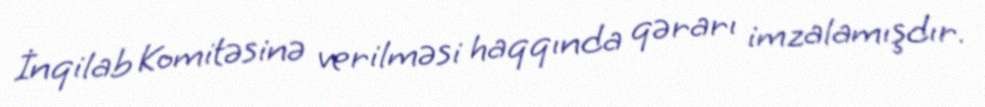
İnqilab Komitəsinə verilməsi haqqında qərarı imzalamışdır.